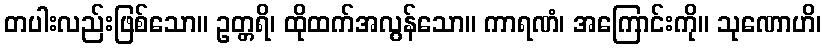
တပါးလည်းဖြစ်သော။ ဥတ္တရိ၊ ထိုထက်အလွန်သော။ ကာရဏံ၊ အကြောင်းကို။ သုဏောဟိ၊